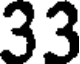
33